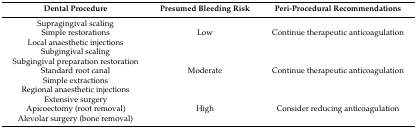
| Dental Procedure | Presumed Bleeding Risk | Peri-Procedural Recommendations |
 | --- | --- | --- |
 | Supragingival scalingSimple restorationsLocal anaesthetic injections | Low | Continue therapeutic anticoagulation |
 | Subgingival scalingSubgingival preparation restorationStandard root canalSimple extractionsRegional anaesthetic injections | Moderate | Continue therapeutic anticoagulation |
 | Extensive surgeryApicoectomy (root removal)Alevolar surgery (bone removal) | High | Consider reducing anticoagulation |